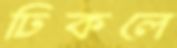
ঢিকলে